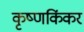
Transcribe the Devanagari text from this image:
कृष्णकिंकर